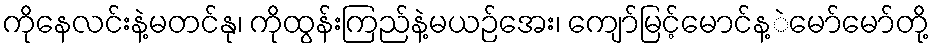
ကိုနေလင်းနဲ့မတင်နု၊ ကိုထွန်းကြည်နဲ့မယဉ်အေး၊ ကျော်မြင့်မောင်န့ဲမော်မော်တို့